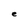
Character: e